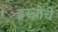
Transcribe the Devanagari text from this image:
इस्त्रोचे